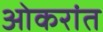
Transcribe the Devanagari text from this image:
ओकरांत